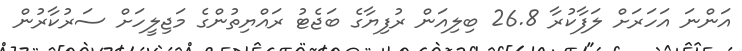
އަންނަ އަހަރަށް ލަފާކުރާ 26.8 ބިލިއަން ރުފިޔާގެ ބަޖެޓު ރައްޔިތުންގެ މަޖިލީހަށް ސަރުކާރުން